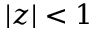
| z | < 1